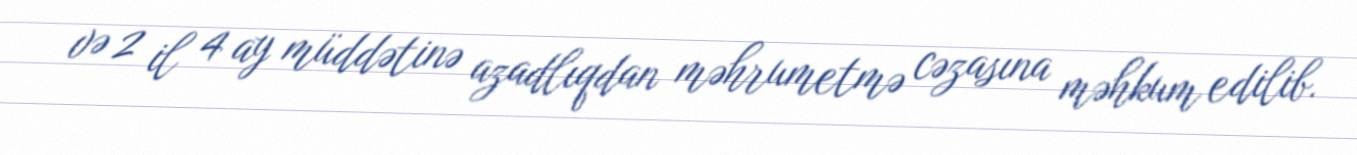
və 2 il 4 ay müddətinə azadlıqdan məhrumetmə cəzasına məhkum edilib.